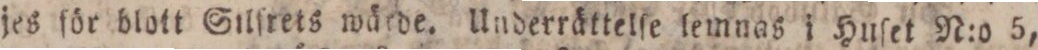
jes för blott Silſrets wärde, Underrättelſe lemnas i Huſet N:o 5,